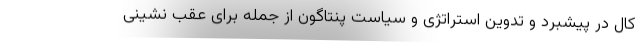
کال در پیشبرد و تدوین استراتژی و سیاست پنتاگون از جمله برای عقب نشینی